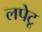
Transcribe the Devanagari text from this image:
लपेटू